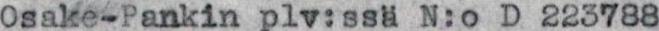
0sake-Pankin plv:ssä N:o D 223788